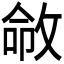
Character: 𫾽